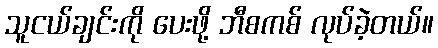
သူငယ်ချင်းကို ပေးဖို့ ဘီစကစ် လုပ်ခဲ့တယ်။